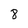
Character: 8